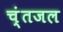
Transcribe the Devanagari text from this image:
च्ंतजल